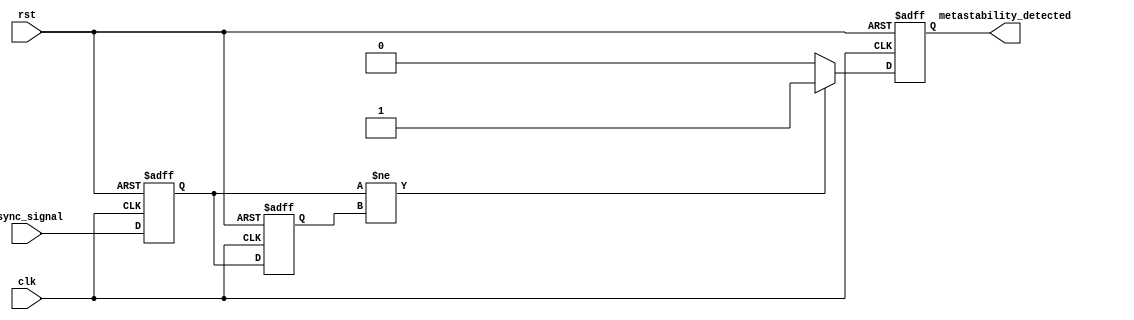
module metastability_detector (
    input wire clk,                // Clock signal
    input wire rst,                // Reset signal
    input wire async_signal,       // Asynchronous input signal
    output reg metastability_detected // Output signal indicating metastability
);

    // Internal signals for the synchronizer
    reg sync_ff1;                 // First flip-flop output
    reg sync_ff2;                 // Second flip-flop output

    // Reset logic and synchronizer flip-flops
    always @(posedge clk or posedge rst) begin
        if (rst) begin
            sync_ff1 <= 1'b0;
            sync_ff2 <= 1'b0;
            metastability_detected <= 1'b0;
        end else begin
            sync_ff1 <= async_signal; // Sample async signal in first flip-flop
            sync_ff2 <= sync_ff1;      // Sample first flip-flop output in second flip-flop

            // Metastability detection logic
            // Detect metastability condition if sync_ff1 and sync_ff2 do not match
            if (sync_ff1 != sync_ff2) begin
                metastability_detected <= 1'b1; // Metastability condition detected
            end else begin
                metastability_detected <= 1'b0; // No metastability detected
            end
        end
    end

endmodule